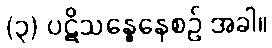
(၃) ပဋိသန္ဓေနေစဉ် အခါ။